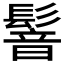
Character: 𩮋